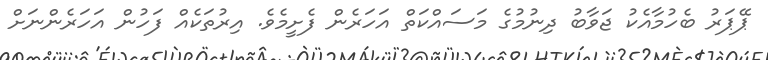
ޕޭޕަރު ބެހުމާއެކު ޖަވާބު ދިނުމުގެ މަސައްކަތް އަހަރެން ފެށީމެވެ. އިރުތަކެއް ފަހުން އަހަރެންނަށް